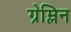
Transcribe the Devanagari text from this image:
ग्रेम्लिन